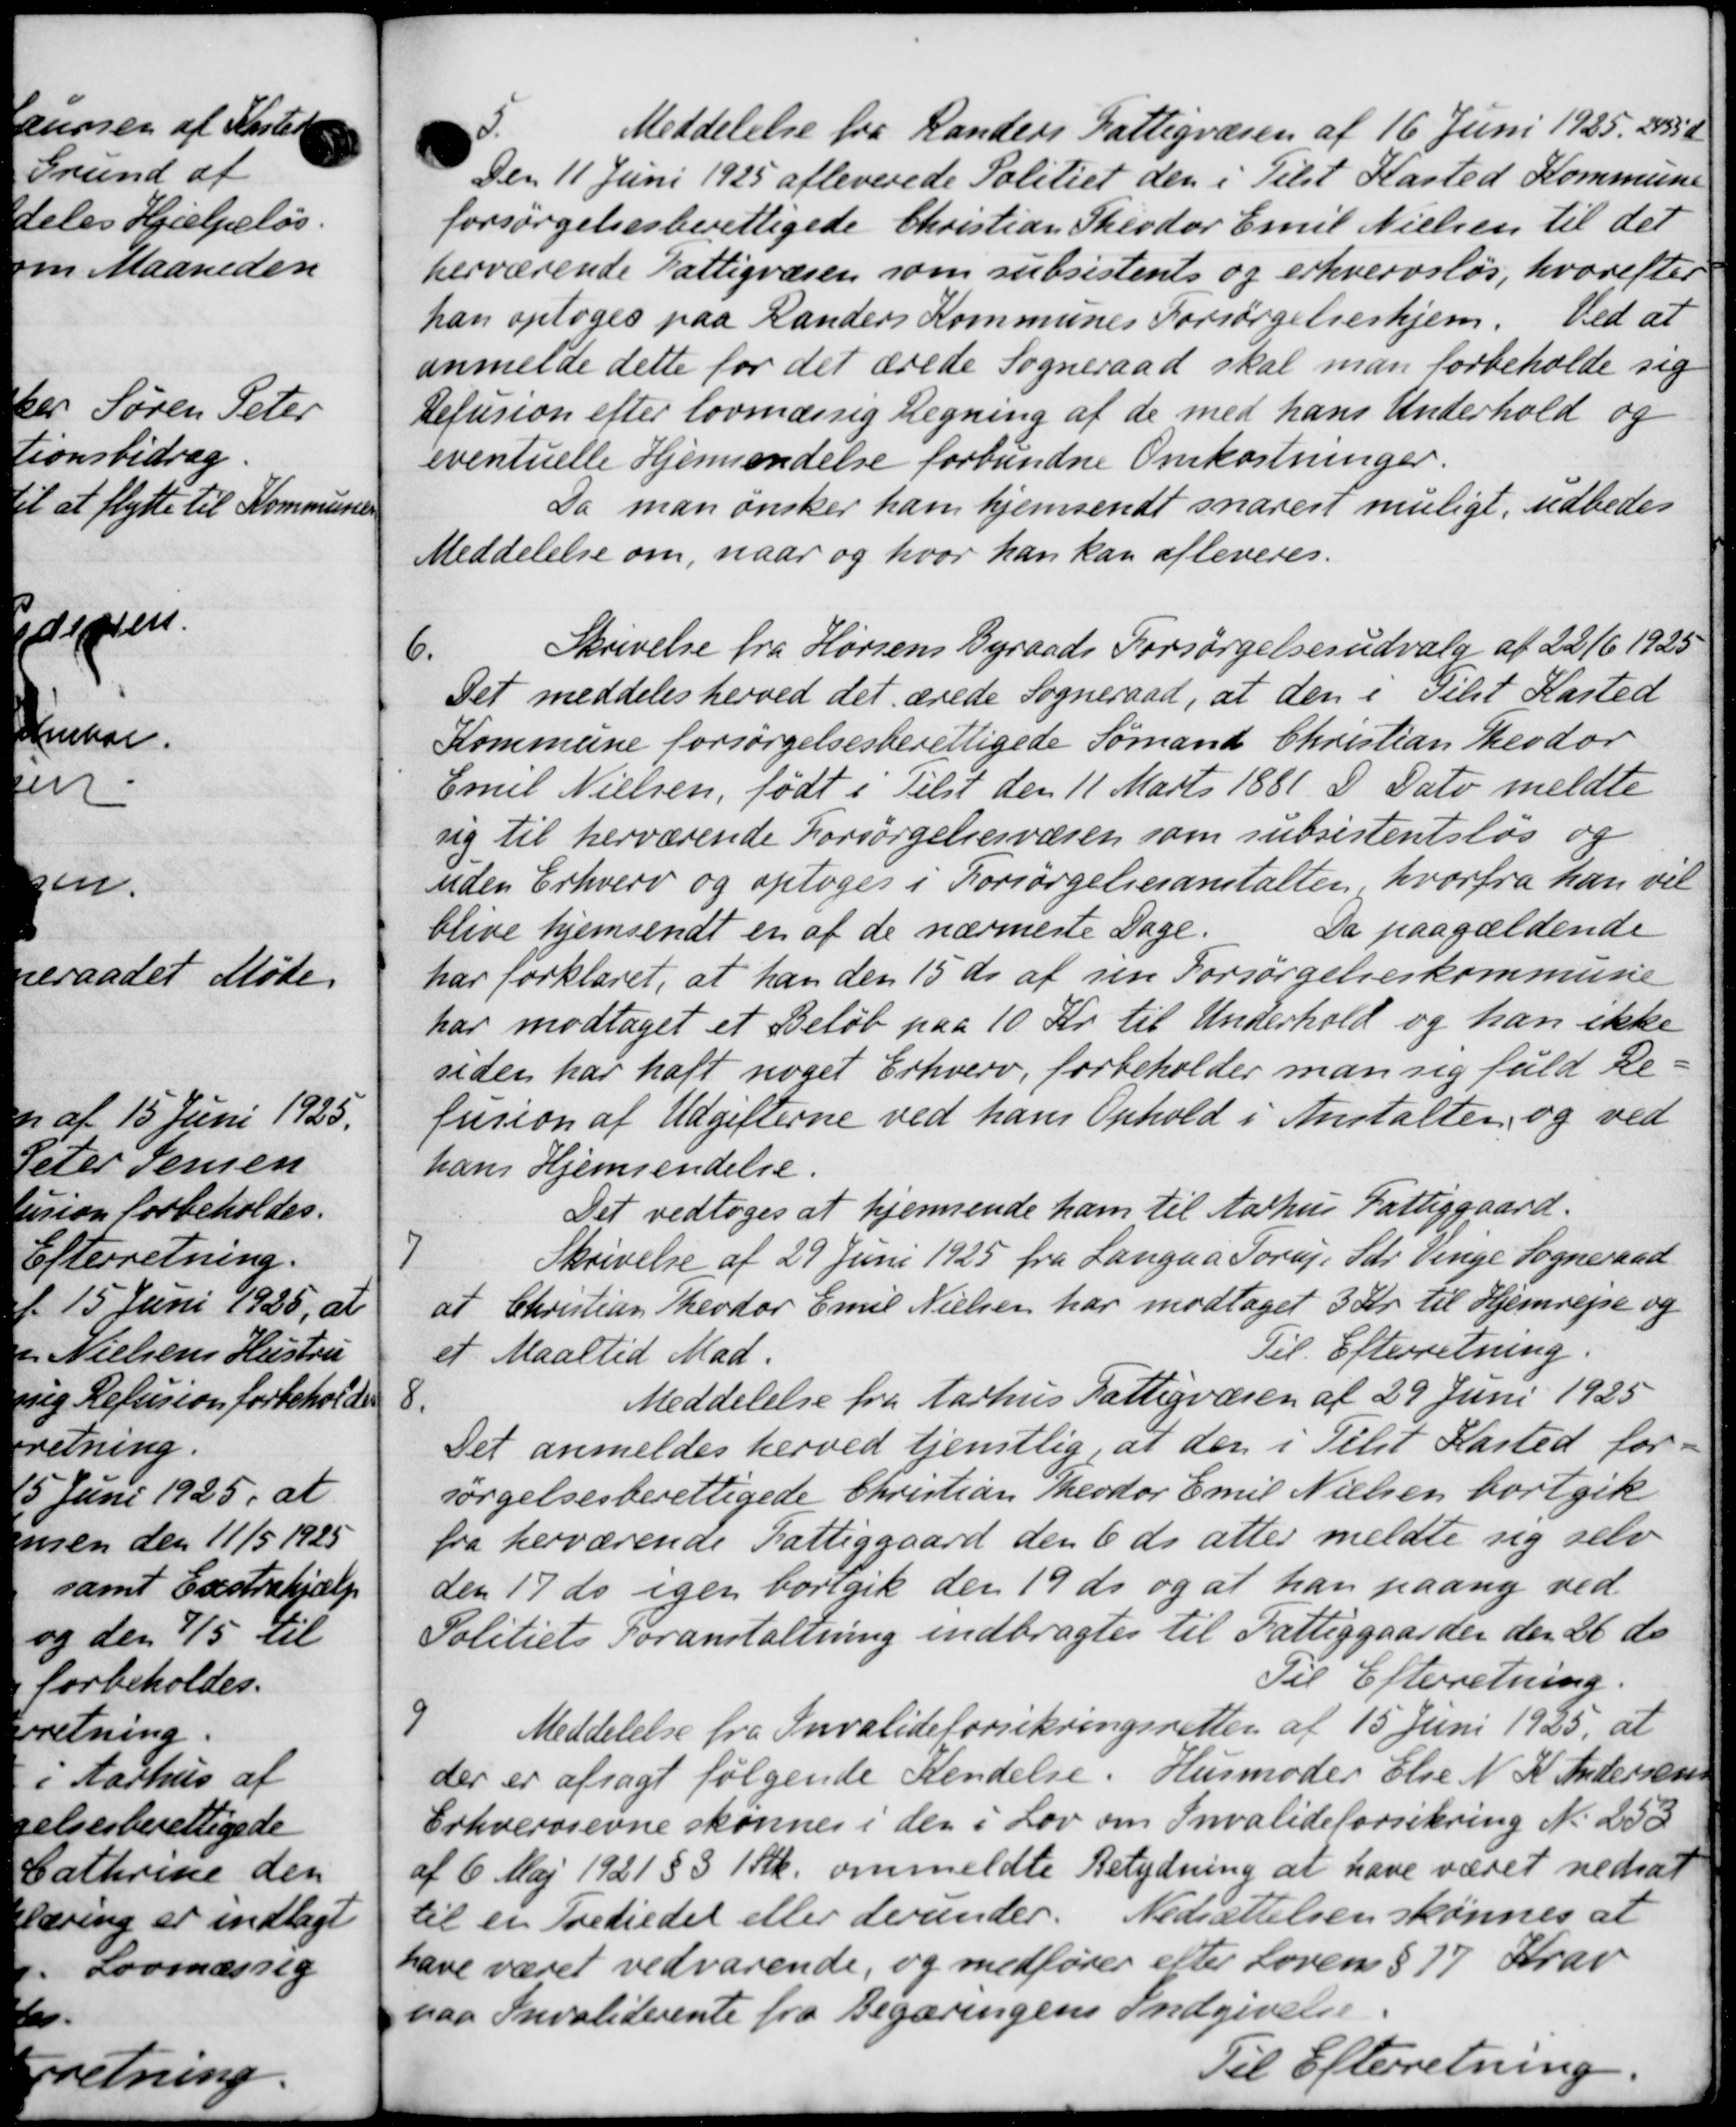
Transskription:
5
Meddelelse fra Randers Fattigvæsen af 16 Juni 1925. 2358
Den 11 Juni 1925 afleverede Politiet den i Tilst Kasted Kommune
forsørgelsesberettigede Christian Theodor Emil Nielsen til det
herværende Fattigvæsen som subsistents og erhvervsløs, hvorefter
han optoges paa Randers Kommunes Forsørgelseshjem. Ved at
anmelde dette for det ærede Sogneraad skal man forbeholde sig
Refusion efter lovmæssig Regning af de med hans Underhold og
eventuelle Hjemsendelse forbundne Omkostninger.
Da man ønsker ham hjemsendt snarest muligt, udbedes
Meddelelse om, naar og hvor han kan afleveres.
Skrivelse fra Horsens Byraads Forsørgelsesudvalg af 22/6 1925
6.
Det meddeles herved det ærede Sogneraad, at den i Tilst Kasted
Kommune forsørgelsesberettigede Sømand Christian Teodor
Emil Nielsen, født i Tilst den 11 Marts 1881 D Dato meldte
sig til herværende Forsørgelsesvæsen som subsistentsløs og
uden Erhverv og optoges i Forsørgelsesanstalten, hvorfra han vil
blive hjemsendt en af de nærmeste Dage.
Da paagældende
har forklaret, at han den 15 ds. af sin Forsørgelseskommune
har modtaget et Beløb paa 10 Kr. til Underhold og han ikke
siden har haft noget Erhverv, forbeholder man sig fuld Re-
fusion af Udgifterne ved hans Ophold i Anstalten og ved
hans Hjemsendelse.
Det vedtoges at hjemsende ham til Aarhus Fattiggaard.
7
Skrivelse af 29 Juni 1925 fra Langaa Torup Gdr. Venge Sogneraad
at Christian Theodor Emil Nielsen har modtaget 3 Kr. til Hjemrejse og
et Maaltid Mad.
Til Efterretning.
8
Meddelelse fra Aarhus Fattigvæsen af 29 Juni 1925
Det anmeldes herved tjenstlig, at den i Tilst Kasted for
sørgelsesberettigede Christian Theodor Emil Nielsen bortgik
fra herværende Fattiggaard den 6 ds atter meldte sig selv
den 17 ds igen bortgik den 19 ds og at han paany ved
Politiets Foranstaltning indbragtes til Fattiggaarden den 26 ds
Til Efterretning.
9
Meddelelse fra Invalideforsikringsretten af 15 Juni 1925, at
der er afsagt følgende Kendelse. Husmoder Else N. K. Andersen
Erhvervsevne skønnes i den i Lov om Invalideforsikring No 253
af 6 Maj 1921 § § 1 Stk. ommeldte Betydning at have været nedsat
til en Trediedet eller derunder. Nedsættelsen skønnes at
have været vedvarende, og medfører efter Loven § 17 Frav
paa Invaliderente fra Begæringens Indgivelse.
Til Efterretning